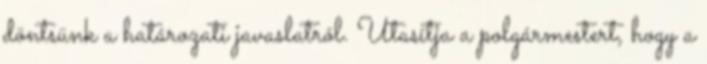
döntsünk a határozati javaslatról. Utasítja a polgármestert, hogy a